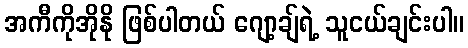
အကီကိုအိုနို ဖြစ်ပါတယ် ဂျော့ချ်ရဲ့ သူငယ်ချင်းပါ။